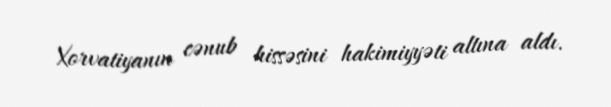
Xorvatiyanın cənub hissəsini hakimiyyəti altına aldı.